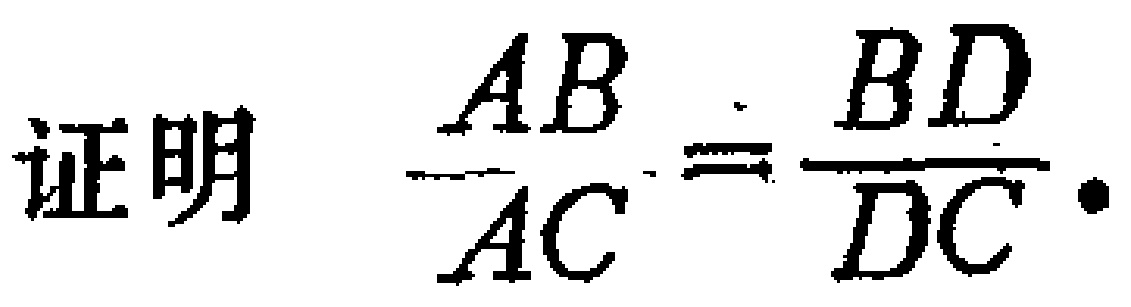
证明 $\frac{AB}{AC}=\frac{BD}{DC}$.